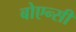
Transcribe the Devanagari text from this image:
बोएन्सी